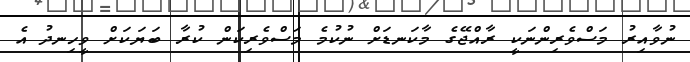
ނުވާއިރު މަސްވެރިންނަކީ ރާއްޖޭގެ މާކަނޑަށް ނުކުމެ މަސްވެރިކަން ކުރާ ބަޔަކަށް ވީހިނދު އެ